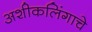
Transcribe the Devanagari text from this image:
अशीकलिंगाचे